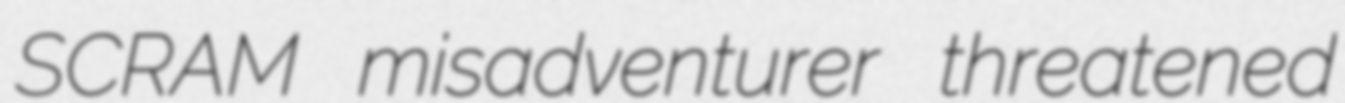
SCRAM misadventurer threatened